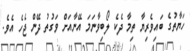
ހަޔާތުގެ ބައިވެރިޔާ ތިމާ ދެކެ ލޯބިވާނަމަ އޭނާއަށް ވަގުތު ދޭން ޖެހެ އެވެ.